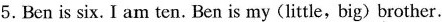
5. Ben is six. I am ten. Ben is my (little, big) brother.